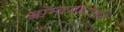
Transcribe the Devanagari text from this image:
बॉम्बस्फोटाने